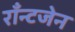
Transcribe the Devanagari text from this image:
राँन्टजेन